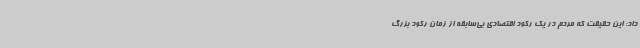
داد: این حقیقت که مردم در یک رکود اقتصادی بی‌سابقه از زمان رکود بزرگ